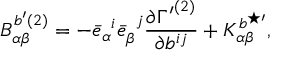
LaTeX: { B } _ { \alpha \beta } ^ { b ^ { \prime } ( 2 ) } = - { \bar { e } } _ { \alpha } ^ { \; \; i } { \bar { e } } _ { \beta } ^ { \; \; j } \frac { \partial { \Gamma ^ { \prime } } ^ { ( 2 ) } } { \partial b ^ { i j } } + { K } _ { \alpha \beta } ^ { b ^ { \star \prime } } ,